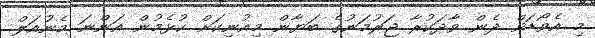
މި އެވޯޑަށް ދެން ވާދަކުރާ ޖަރުމަނުގެ ބަޔާން މިއުނިކަށް ކުޅެމުން އަންނަ މެނުއަލް